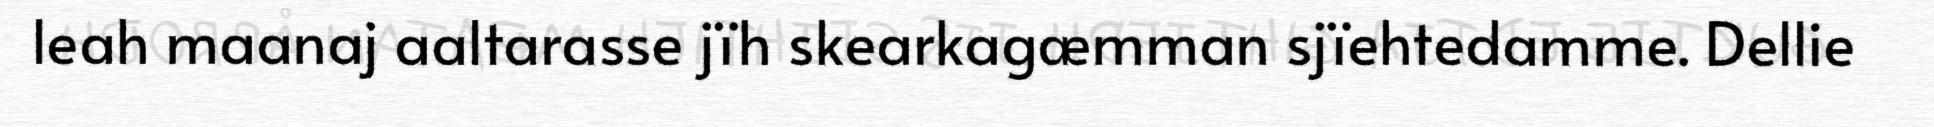
leah maanaj aaltarasse jïh skearkagæmman sjïehtedamme. Dellie